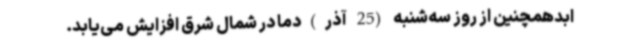
ابدهمچنین از روز سه‌شنبه (25 آذر)دما در شمال شرق افزایش می‌یابد.